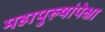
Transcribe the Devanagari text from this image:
महापुरुषांपेक्षा